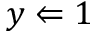
y \Leftarrow 1